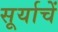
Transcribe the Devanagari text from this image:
सूर्याचें